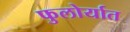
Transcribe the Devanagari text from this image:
फुलोर्यात